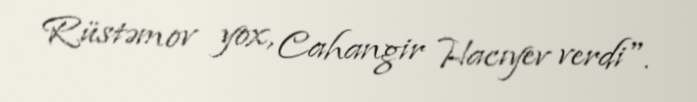
Rüstəmov yox, Cahangir Hacıyev verdi".